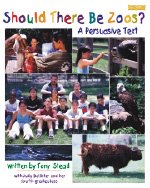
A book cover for Should There Be Zoos?: A Persuasive Text; Tony Stead; Children's Books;